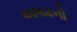
આષાઢનો